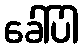
ခေါ်ပါ